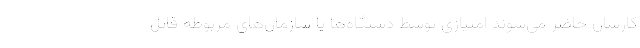
کارشان حاضر می‌شوند امتیازی توسط دستگاه‌ها یا سازمان‌های مربوطه قائل